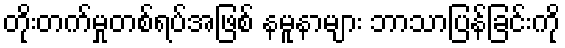
တိုးတက်မှုတစ်ရပ်အဖြစ် နမူနာများ ဘာသာပြန်ခြင်းကို